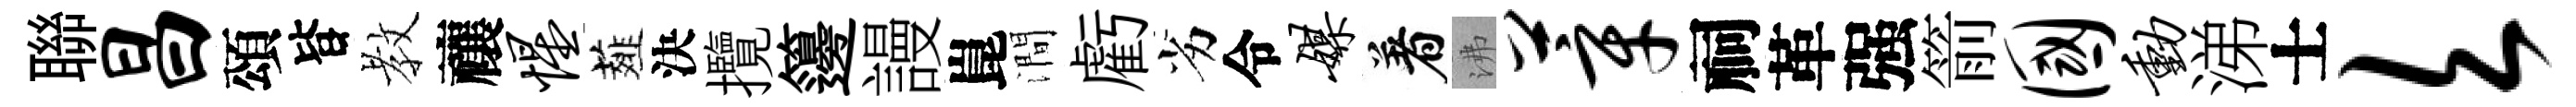
聯昌頌𣅜教禳惺薤決攬籩謾崑澗虧劣令媒着沸莘祠革强箭国动涕士欠